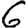
Digit: 6